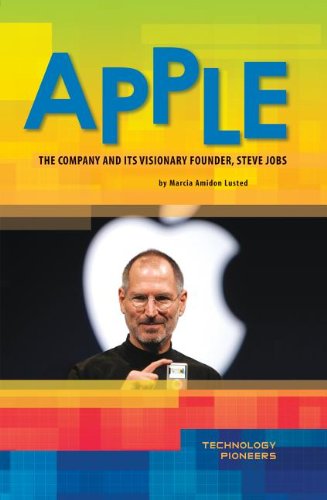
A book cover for Apple: The Company and Its Visionary Founder, Steve Jobs (Technology Pioneers); Marcia Amidon Lusted; Teen & Young Adult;